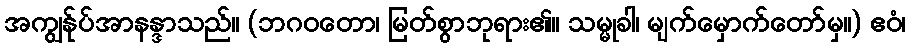
အကျွန်ုပ်အာနန္ဒာသည်။ (ဘဂဝတော၊ မြတ်စွာဘုရား၏။ သမ္မုခါ၊ မျက်မှောက်တော်မှ။) ဧဝံ၊